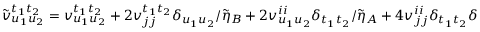
\begin{array} { r } { \tilde { v } _ { u _ { 1 } u _ { 2 } } ^ { t _ { 1 } t _ { 2 } } = v _ { u _ { 1 } u _ { 2 } } ^ { t _ { 1 } t _ { 2 } } + 2 v _ { j j } ^ { t _ { 1 } t _ { 2 } } \delta _ { u _ { 1 } u _ { 2 } } / \tilde { \eta } _ { B } + 2 v _ { u _ { 1 } u _ { 2 } } ^ { i i } \delta _ { t _ { 1 } t _ { 2 } } / \tilde { \eta } _ { A } + 4 v _ { j j } ^ { i i } \delta _ { t _ { 1 } t _ { 2 } } \delta _ { u _ { 1 } u _ { 2 } } / ( \tilde { \eta } _ { A } \tilde { \eta } _ { B } ) , } \end{array}